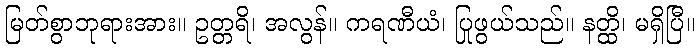
မြတ်စွာဘုရားအား။ ဥတ္တရိ၊ အလွန်။ ကရဏီယံ၊ ပြုဖွယ်သည်။ နတ္ထိ၊ မရှိပြီ။